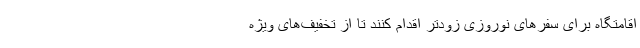
اقامتگاه برای سفرهای نوروزی زودتر اقدام کنند تا از تخفیف‌های ویژه